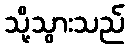
သို့သွားသည်